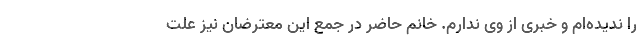
را ندیده‌ام و خبری از وی ندارم. خانم حاضر در جمع این معترضان نیز علت